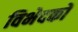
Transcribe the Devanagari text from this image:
विभेदकों